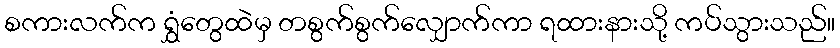
စကားလက်က ရွှံတွေထဲမှ တစွက်စွက်လျှောက်ကာ ရထားနားသို့ ကပ်သွားသည်။